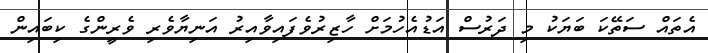
އެތައް ސަތޭކަ ބަޔަކު މި ދަރުސް އަޑުއެހުމަށް ހާޒިރުވެފައިވާއިރު އަނިޔާވެރި ވެރީންގެ ކިބައިން